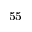
^ { 5 5 }